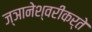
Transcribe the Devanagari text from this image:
ज्ञानेश्वरीकर्ते